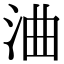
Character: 浀